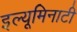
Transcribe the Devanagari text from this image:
इल्यूमिनाटी